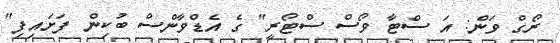
ރޯގް ވަން: އަ ސްޓާ ވޯސް ސްޓޯރީ" ގެ އެޑްވާންސް ބުކިން ފަށައިފި"